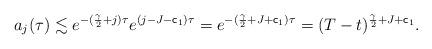
LaTeX: \begin{align*} a_j(\tau) \lesssim e^{-(\frac{\gamma}{2}+j)\tau} e^{(j-J-{\sf c}_1)\tau} = e^{-(\frac{\gamma}{2}+J+{\sf c}_1)\tau} = (T-t)^{\frac{\gamma}{2}+J+{\sf c}_1}. \end{align*}